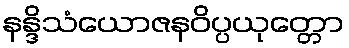
နန္ဒိသံယောဇနဝိပ္ပယုတ္တော